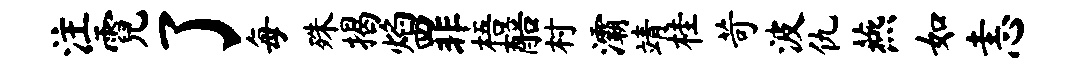
注霓了每殊揭焰罪梧醅村灞靖桂苛波仇燕如恚